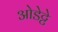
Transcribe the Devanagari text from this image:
ओडेट्टे